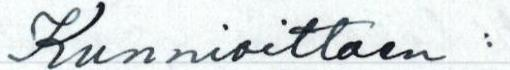
Kunnioittaen: